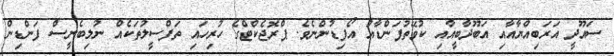
ސައޫދީ އަރަބިއްޔާއާއި އަބޫދާބީއާއި ކުވޭތުފަންޑާއު އޯފިޑުންނެވެ. ޕްރޮޖެކްޓްގެ ހުރިހައި ތަފްސީލުތަކެއް ނުލިބެނީސް ފަންޑިން